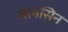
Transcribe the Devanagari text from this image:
जानसिन